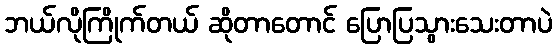
ဘယ်လိုကြိုက်တယ် ဆိုတာတောင် ပြောပြသွားသေးတာပဲ